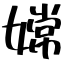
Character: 嫦